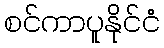
စင်ကာပူနိုင်ငံ